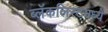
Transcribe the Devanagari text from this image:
ब्लॅकलिस्टमध्ये